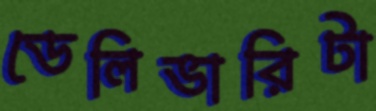
ডেলিভারিটা